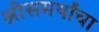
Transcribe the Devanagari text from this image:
श्रीसमर्थांचा